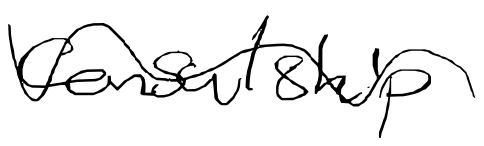
Text: consulship
Cross-out: wave
Writing tool: digital_black